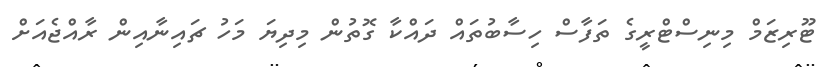
ޓޫރިޒަމް މިނިސްޓްރީގެ ތަފާސް ހިސާބުތައް ދައްކާ ގޮތުން މިދިޔަ މަހު ޗައިނާއިން ރާއްޖެއަށް